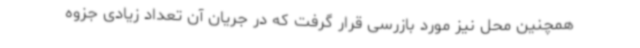
همچنین محل نیز مورد بازرسی قرار گرفت که در جریان آن تعداد زیادی جزوه